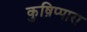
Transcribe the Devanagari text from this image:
कुष़िप्पारा